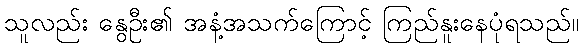
သူလည်း နွေဦး၏ အနံ့အသက်ကြောင့် ကြည်နူးနေပုံရသည်။